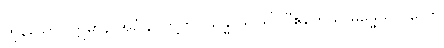
ကုန်သော။ ဣမာနိ အင်္ဂါနိ၊ တို့ကို။ သန္ဓာယ၊ ၍။ “ဧတေသု ဓမ္မေသု ဌိတော